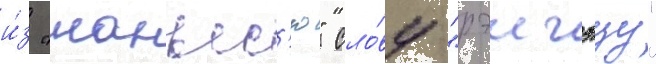
и́з "манъес'ю" сло́ву "рэигэцу"